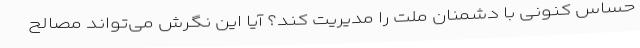
حساس کنونی با دشمنان ملت را مدیریت کند؟ آیا این نگرش می‌تواند مصالح